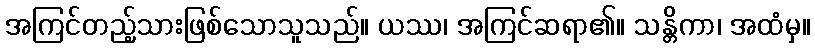
အကြင်တည့်သားဖြစ်သောသူသည်။ ယဿ၊ အကြင်ဆရာ၏။ သန္တိကာ၊ အထံမှ။